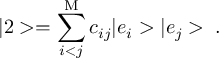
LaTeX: | 2 > = \sum _ { i < j } ^ { \mathrm { M } } c _ { i j } | e _ { i } > | e _ { j } > \; .